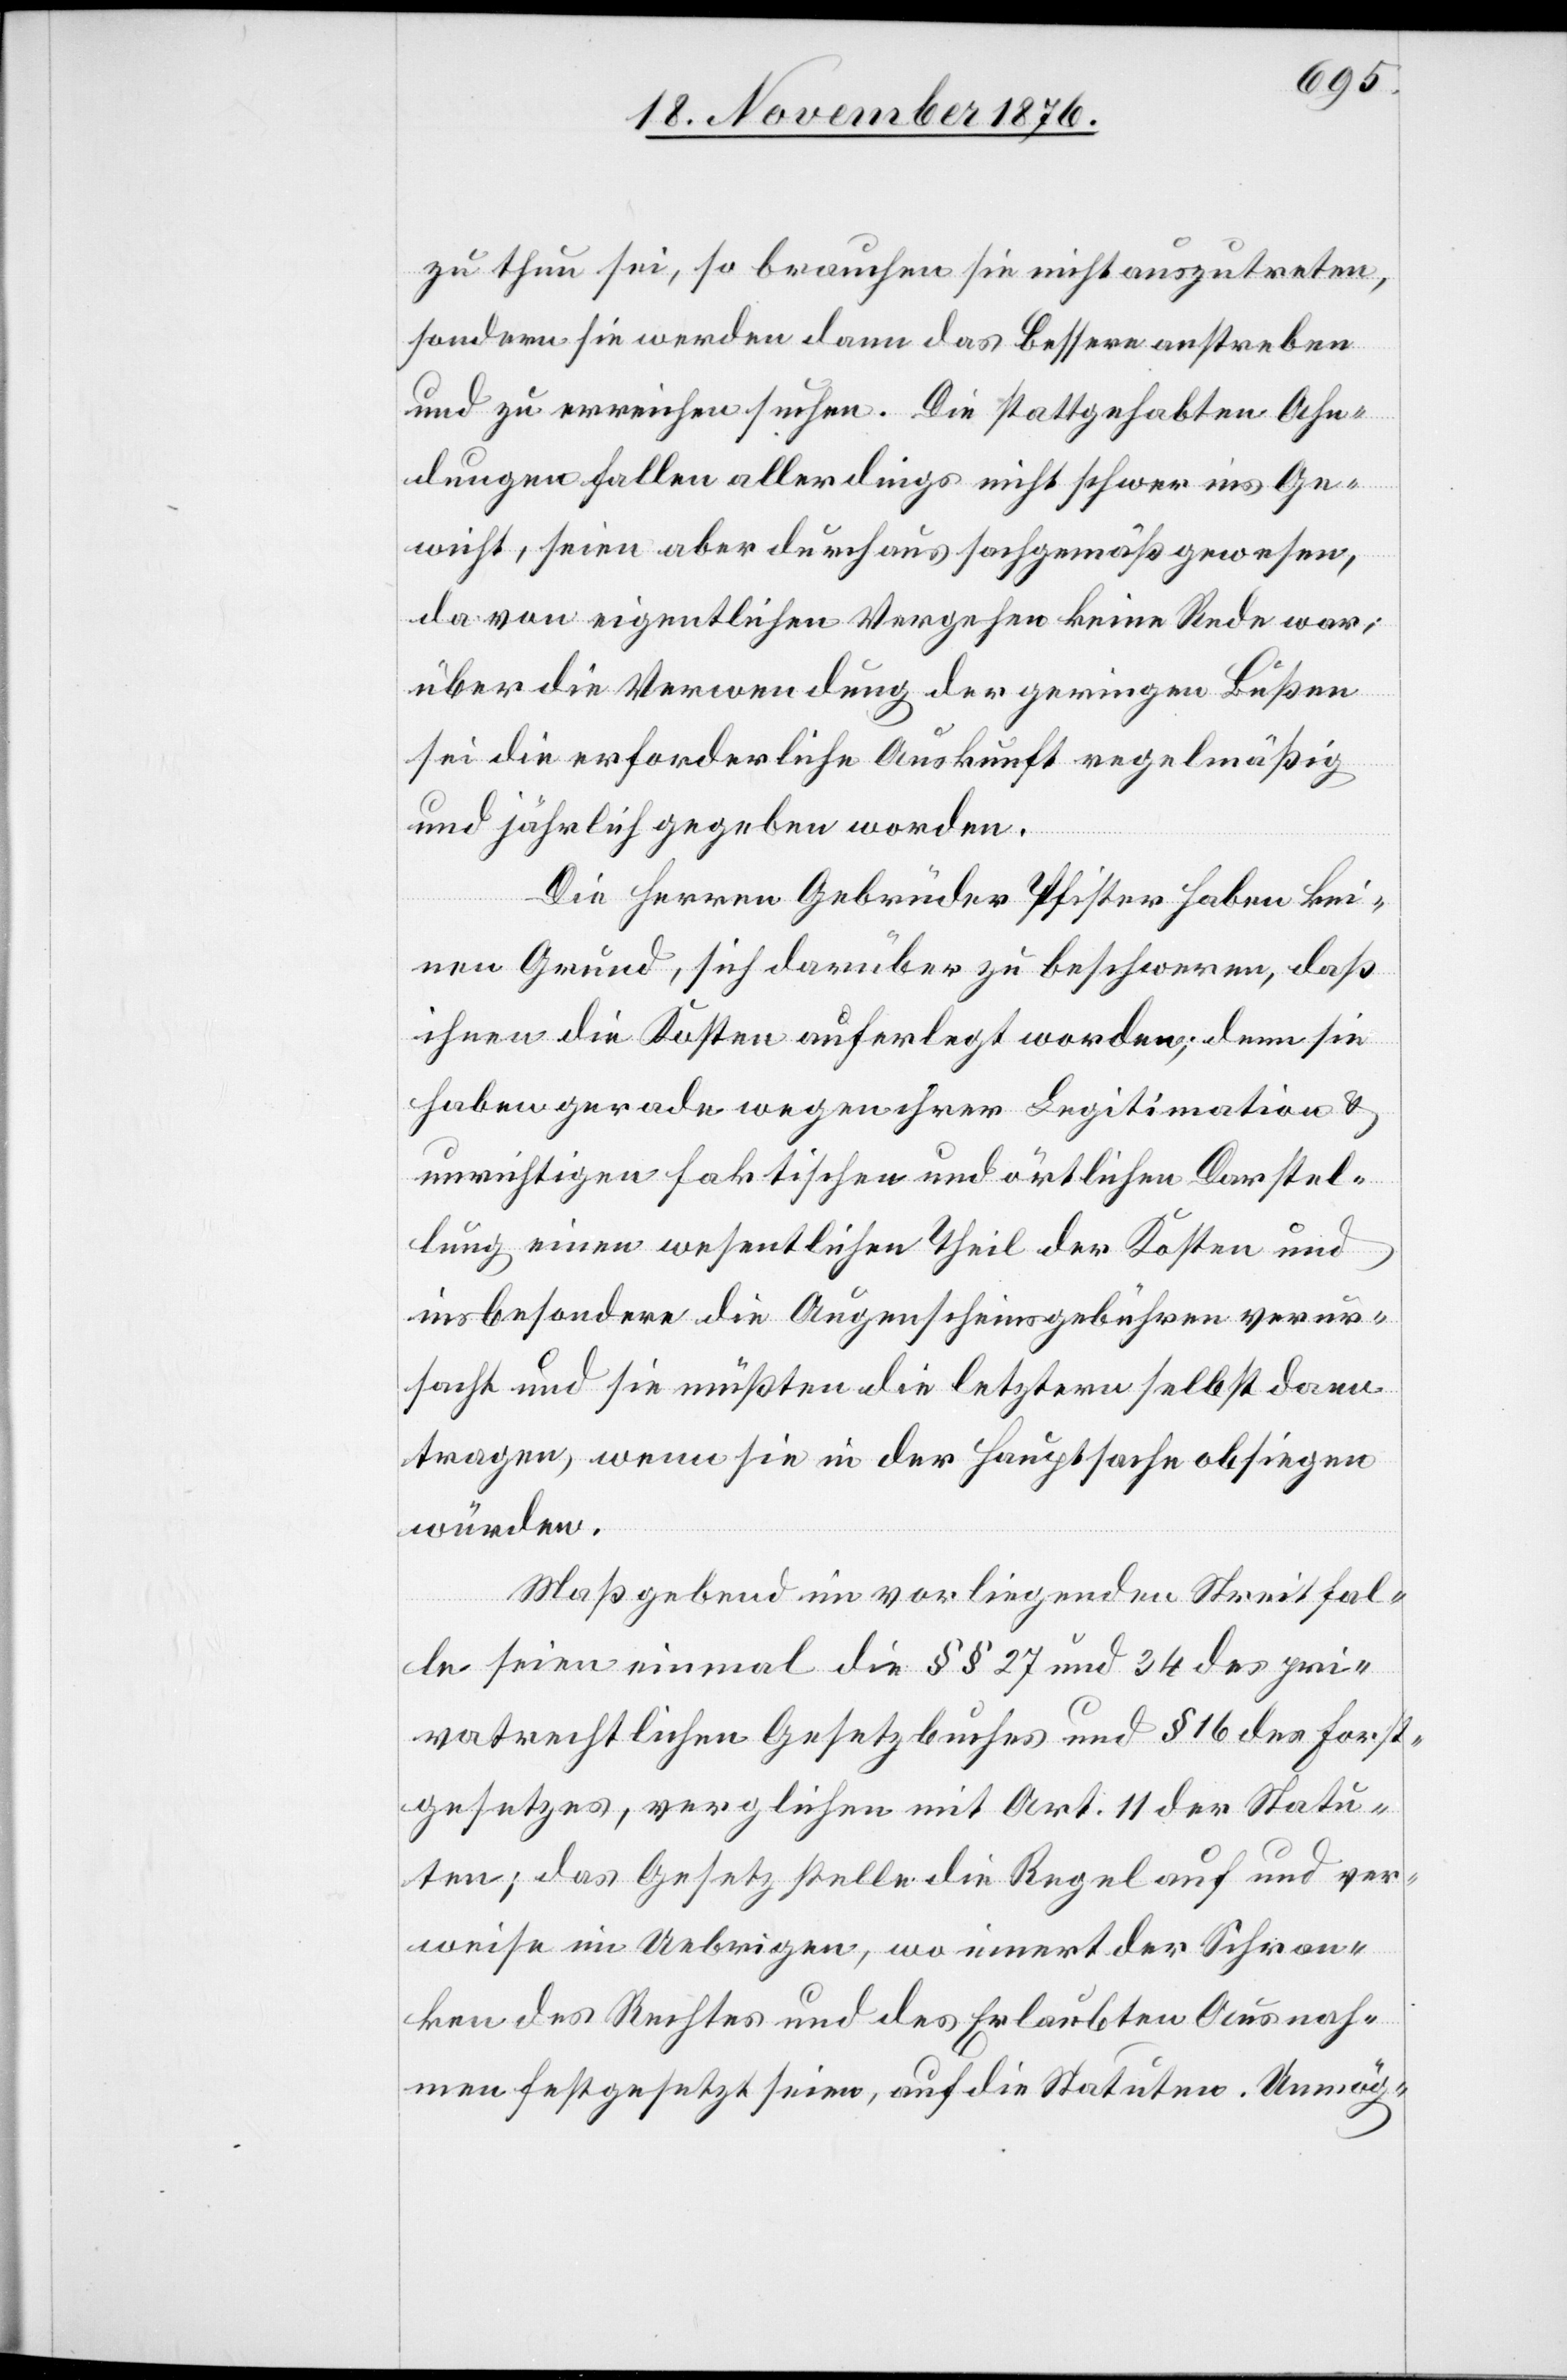
zu thun sei, so brauchen sie nicht auszutreten,
sondern sie werden dann das Bessere anstreben
und zu erreichen suchen. Die stattgehabten Ahn¬
dungen fallen allerdings nicht schwer ins Ge¬
wicht, seien aber durchaus sachgemäß gewesen,
da von eigentlichen Vergehen keine Rede war;
über die Verwendung der geringen Bußen
sei die erforderliche Auskunft regelmäßig
und jährlich gegeben worden.
Die Herren Gebrüder Pfister haben kei¬
nen Grund, sich darüber zu beschweren, daß
ihnen die Kosten auferlegt worden; denn sie
haben gerade wegen ihrer Legitimation &
unrichtigen faktischen und örtlichen Darstel¬
lung einen wesentlichen Theil der Kosten und
insbesondere die Augenscheinsgebühren verur¬
sacht und sie müßten die letztere selbst dann
tragen, wenn sie in der Hauptsache obsiegen
würden.
Maßgebend im vorliegenden Streitfal¬
le seien einmal die §§ 27 und 34 des pri¬
vatrechtlichen Gesetzbuches und § 16 des Forst¬
gesetztes, verglichen mit Art. 11 der Statu¬
ten; das Gesetz stelle die Regel auf und ver¬
weise im Uebrigen, wo innert der Schran¬
ken des Rechtes und des Erlaubten Ausnah¬
men festgesetzt seien, auf die Statuten. Unmög-